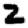
Digit: 2